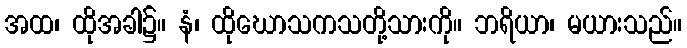
အထ၊ ထိုအခါ၌။ နံ၊ ထိုဃောသကသတို့သားကို။ ဘရိယာ၊ မယားသည်။